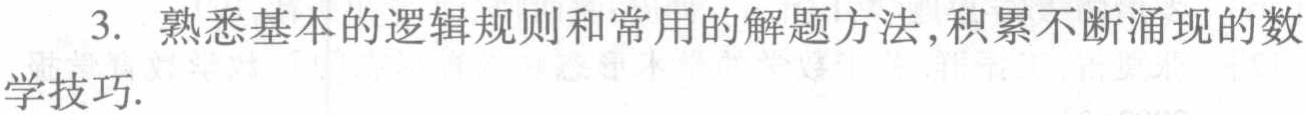
3. 熟悉基本的逻辑规则和常用的解题方法,积累不断涌现的数学技巧.